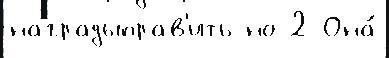
наградыправ'ить но 2 Она́